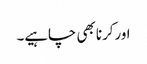
اورکرنا بھی چاہیے۔